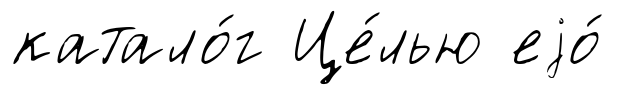
катало́г Це́лью еjо́